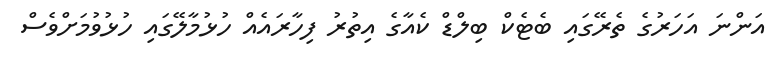
އަންނަ އަހަރުގެ ތެރޭގައި ބެޓެކް ބިލްޑް ކެއާގެ އިތުރު ފިހާރައެއް ހުޅުމާލޭގައި ހުޅުވުމަށްވެސް